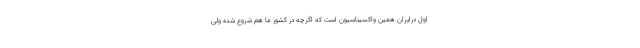
اول درایران همین واکسیناسیون است که اگرچه در کشور ما هم شروع شده ولی